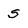
Character: S